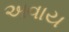
અવાય